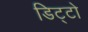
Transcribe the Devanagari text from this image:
डिट्टो